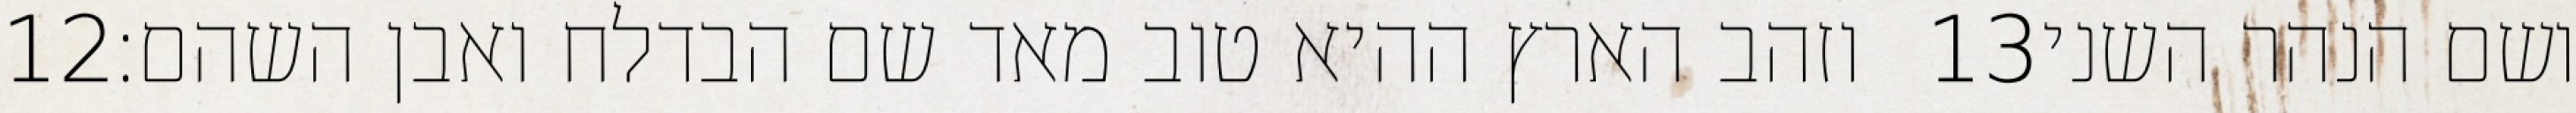
‎12‏ וזהב הארץ ההיא טוב מאד שם הבדלח ואבן השהם׃ ‎13‏ ושם הנהר השני